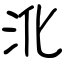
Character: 沎